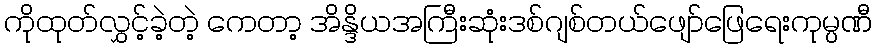
ကိုထုတ်လွှင့်ခဲ့တဲ့ ကေတာ့ အိန္ဒိယအကြီးဆုံးဒစ်ဂျစ်တယ်ဖျော်ဖြေရေးကုမ္ပဏီ